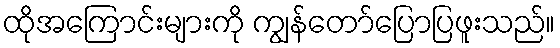
ထိုအကြောင်းများကို ကျွန်တော်ပြောပြဖူးသည်။